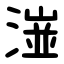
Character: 潂